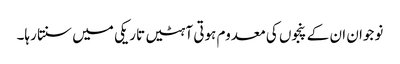
نوجوان ان کے پنجوں کی معدوم ہوتی آہٹیں تاریکی میں سنتا رہا۔